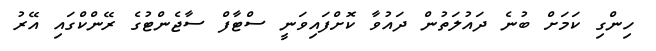
ހިންގި ކަމަށް ބުނެ ދައުލަތުން ދައުވާ ކޮށްފައިވަނީ ސްޓާފް ސާޖެންޓުގެ ރޭންކްގައި އޭރު